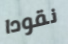
نقودا